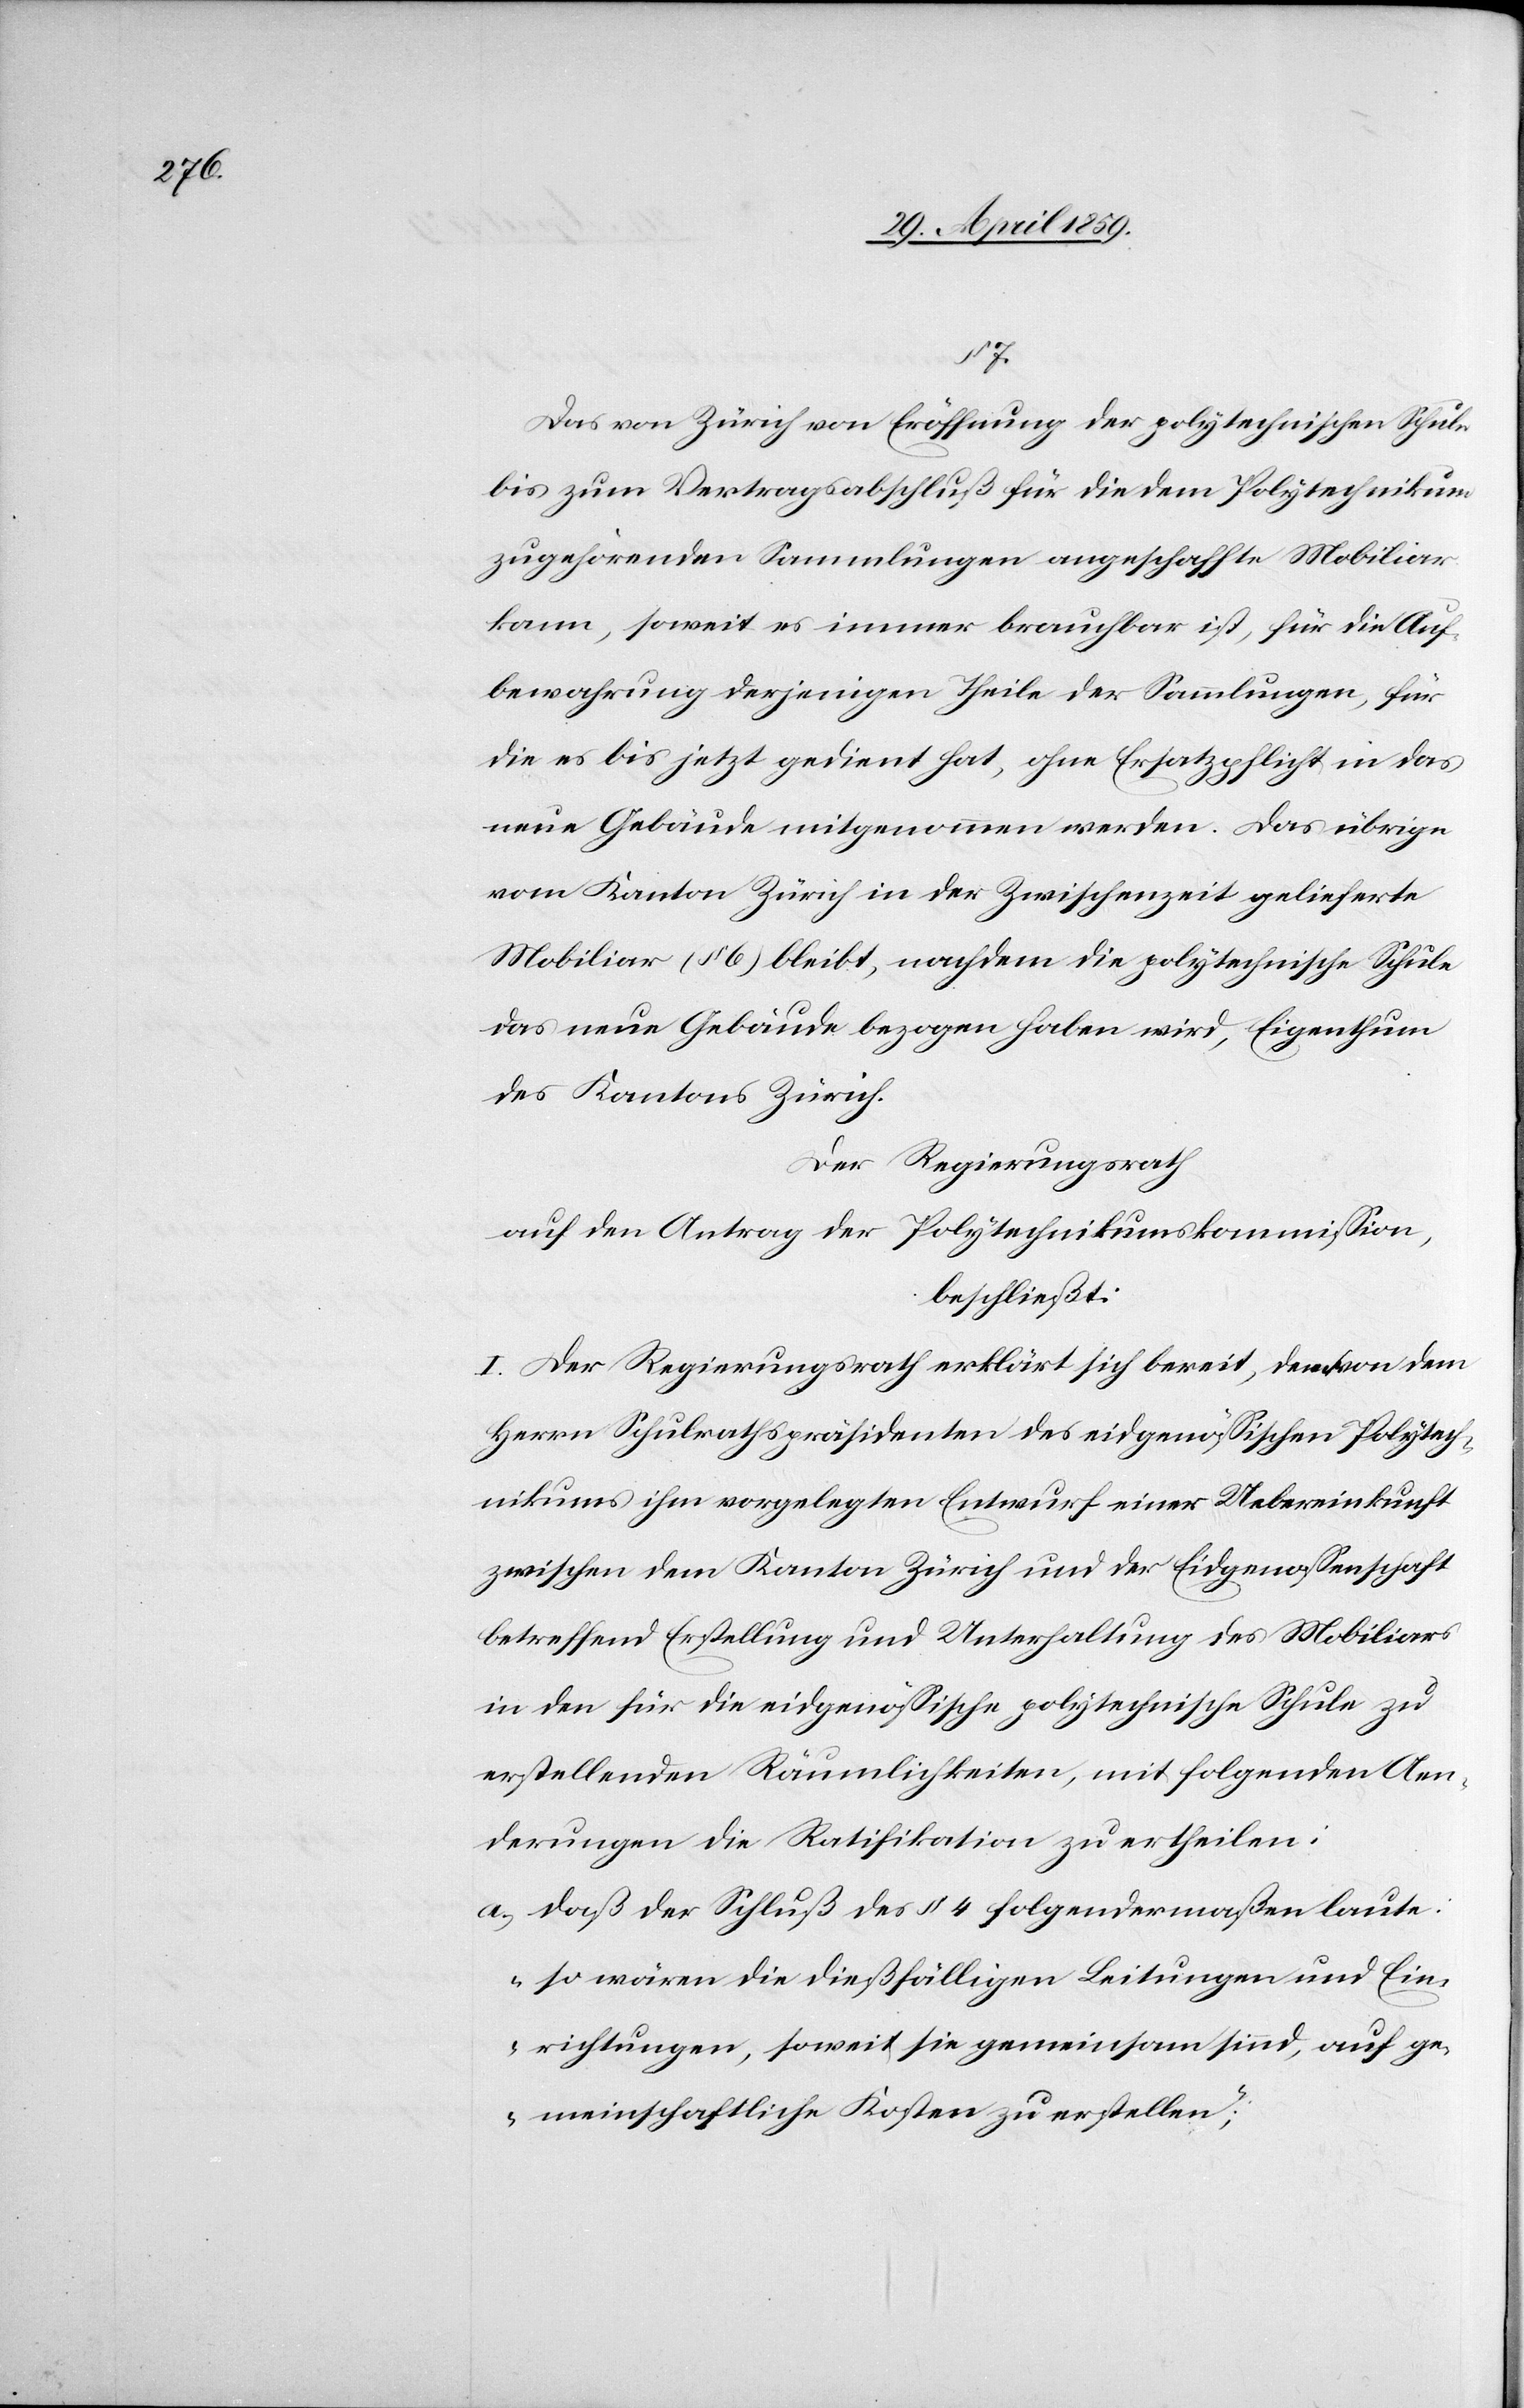
§ 7.
Das von Zürich von Eröffnung der polytechnischen Schule
bis zum Vertragsabschluß für die dem Polytechnikum
zugehörenden Sammlungen angeschaffte Mobiliar
kann, soweit es immer brauchbar ist, für die Auf¬
bewahrung derjenigen Theile der Sammlungen, für
die es bis jetzt gedient hat, ohne Ersatzpflicht in das
neue Gebäude mitgenommen werden. Das übrige
vom Kanton Zürich in der Zwischenzeit gelieferte
Mobiliar (§ 6) bleibt, nachdem die polytechnische Schule
das neue Gebäude bezogen haben wird, Eigenthum
des Kantons Zürich.
Der Regierungsrath
auf den Antrag der Polytechnikumskommißon,
beschließt:
I. Der Regierungsrath erklärt sich bereit, dem von dem
Herrn Schulrathspräsidenten des eidgenößischen Polytech¬
nikums ihm vorgelegten Entwurf einer Uebereinkunft
zwischen dem Kanton Zürich und der Eidgenoßenschaft
betreffend Erstellung und Unterhaltung des Mobiliars
in den für die eidgenößische polytechnische Schule zu
erstellenden Räumlichkeiten, mit folgenden Aen¬
derungen die Ratifikation zu ertheilen:
a) daß der Schluß des § 4 folgendermaßen laute:
„so wären die dießfälligen Leitungen und Ein¬
richtungen, soweit sie gemeinsam sind, auf ge¬
meinschaftliche Kosten zu erstellen;“